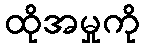
ထိုအမှုကို